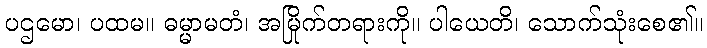
ပဌမော၊ ပထမ။ ဓမ္မာမတံ၊ အမြိုက်တရားကို။ ပါယေတိ၊ သောက်သုံးစေ၏။